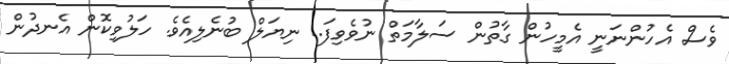
ވެސް އެހުންނަނީ އެމީހުން ގާތުން ސަލާމަތް ނުވެވިފަ.. ނިޔަލް ބުނެލިއެވެ. ހަލުވިކޮން އެނދުން